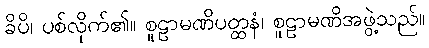
ခိပိ၊ ပစ်လိုက်၏။ စူဠာမဏိပတ္ထနံ၊ စူဠာမဏိအဖွဲ့သည်။